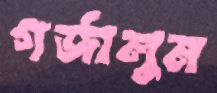
গর্জালুম